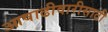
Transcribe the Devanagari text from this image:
आषाढीवारीसाठी